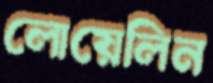
লোয়েলিন